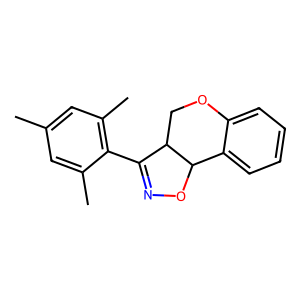
SMILES: Cc1cc(C)c(C2=NOC3c4ccccc4OCC23)c(C)c1
Inhibits HIV replication: No